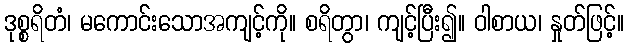
ဒုစ္စရိတံ၊ မကောင်းသောအကျင့်ကို။ စရိတွာ၊ ကျင့်ပြီး၍။ ဝါစာယ၊ နှုတ်ဖြင့်။